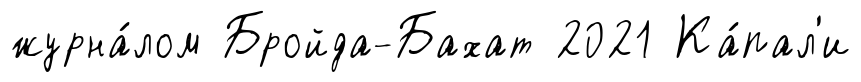
журна́лом Бройда-Бахат 2021 Ка́пал'и